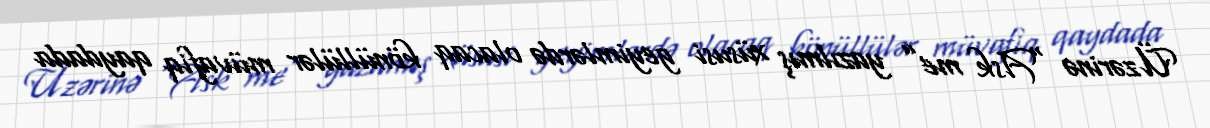
Üzərinə “Ask me” yazılmış xüsusi geyimlərdə olacaq könüllülər müvafiq qaydada